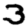
Digit: 3